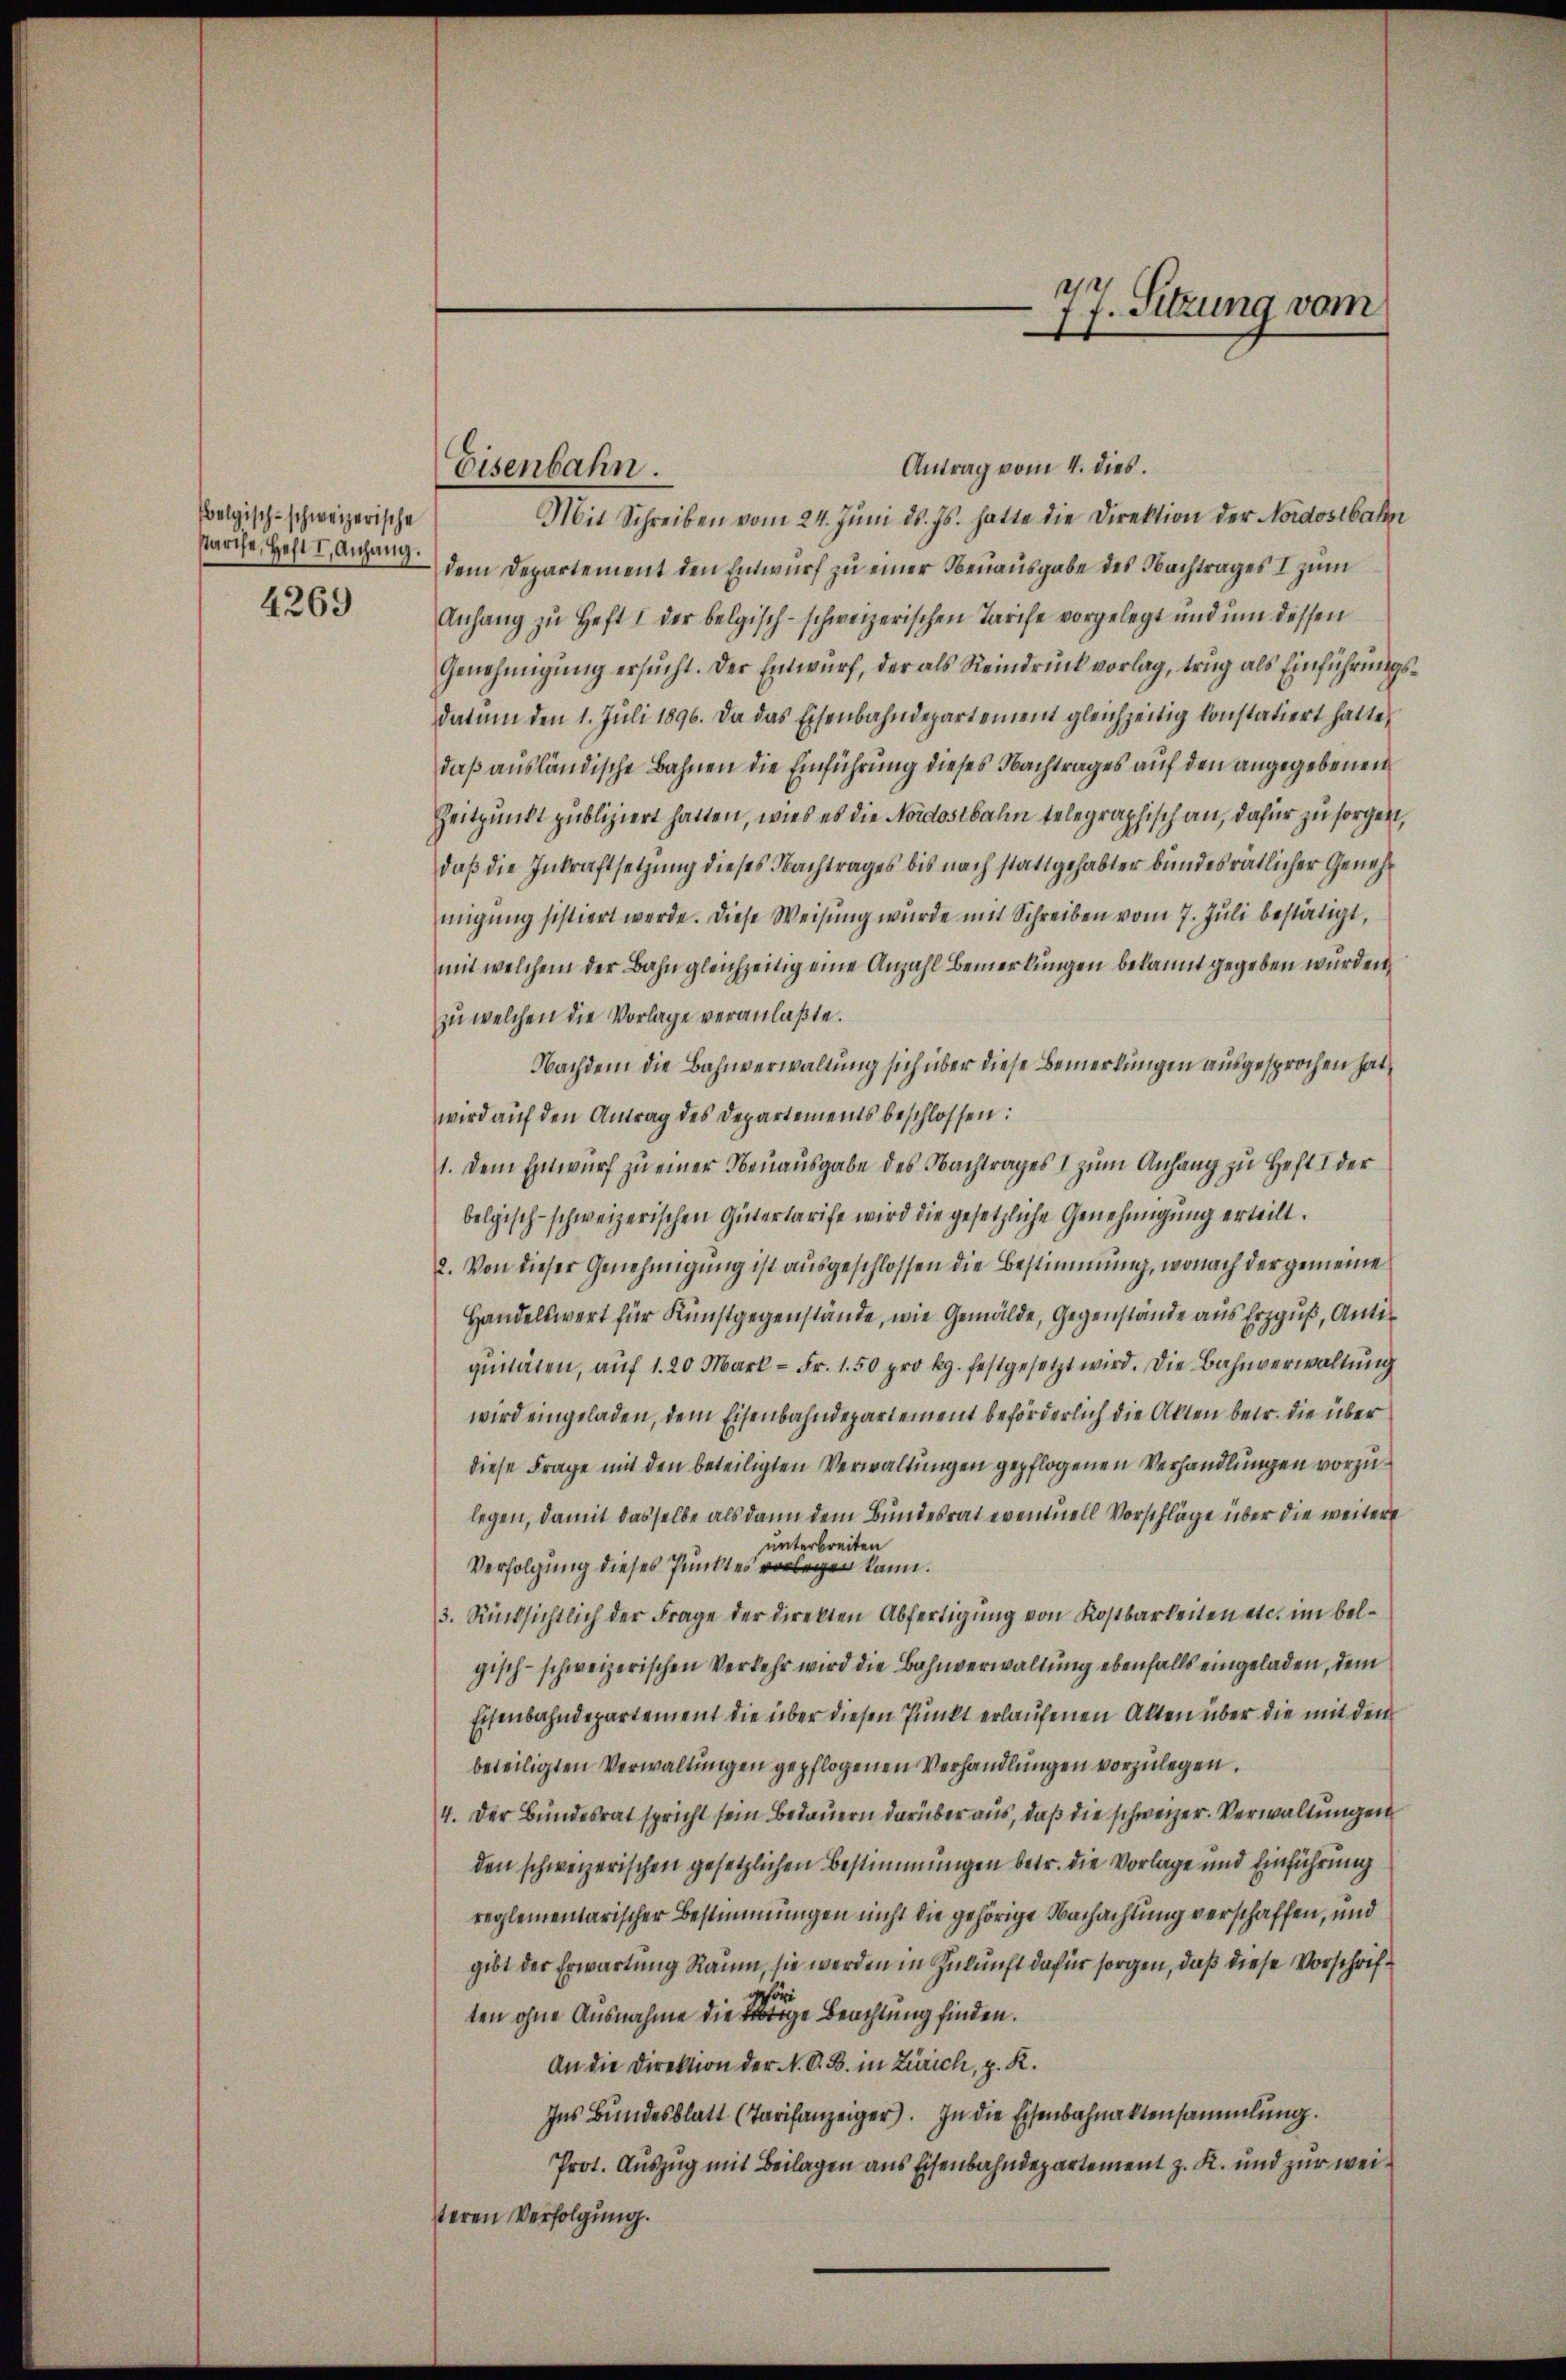
olgisch-schweizerische
starche, Heft I. Anhang.

4269

Antrag vom 4. dies.
Mit Schreiben vom 24. Juni d. Js. hatte die Direktion der Nordostbahn
dem Departement den Entwurf zu einer Neuausgabe des Nachtrages I zum
Anhang zu Heft I der belgisch-schweizerischen Tarife vorgelegt und um dessen
Genehmigŭng ersŭcht. Der Einwurf, der als Reindruck vorlag, trug als Einführungsdatum den 1. Jŭli 1896. Da das Eisenbahndepartement gleichzeitig konstatiert hatte,
daß ausländische Bahnen die Einführung dieses Nachtrages auf den angegebenen
Zeitpunkt publiziert hatten, wie es die Nordostbahn telegraphisch an, dafür zu sorgen,
daß die Inkraftsetzung dieses Nachtrages bis nach stattgehabter bundesrätlicher Genehmigung sistiert werde. Diese Weisung wurde mit Schreiben vom 7. Juli bestätigt,
mit welchem der Bahn gleichzeitig eine Anzahl bemerkungen bekannt gegeben wurden,
zu welchen die Vorlage veranlaßte.
Nachdem die Bahnverwaltung sich über diese Bemerkungen ausgesprochen hat,
wird auf den Antrag des Departements beschlossen:
1. Dem Entwurf zu einer Neuausgabe des Nachtrages I zum Anfang zu Heft I der
belgisch-schweizerischen Gütertarife wird die gesetzliche Genehmigung erteilt.
2. Von dieser Genehmigung ist ausgeschlossen die Bestimmung, wonach der gemeine
Handelswert für Kunstgegenstände, wie Gemälde, Gegenstände aus Erzguß, Antir
quitäten, auf 1. 20 Mark - Fr. 1.50 pro kg. festgesetzt wird. Die Bahnverwaltung
wird eingeladen, dem Eisenbahndepartement beförderlich die Akten betr. die über
diese Frage mit den beteiligten Verwaltungen gepflogenen Verhandlungen vorzulegen, damit dasselbe als dann dem Bundesrat eventuell Vorschläge über die weitere
unterbreiten
Verfolgung dieses Punktes vorlegen kann.
3. Rücksichtlich der Frage der direkten Abfertigŭng von Kostbarkeiten etc. im belgisch-schweizerischen Verkehr wird die Bahnverwaltung ebenfalls eingeladen, dem
Eisenbahndepartement die über diesen Punkt erlaufenen Akten über die mit dem
beteiligten Verwaltungen gepflogenen Verhandlungen vorzulegen.
4. Der Bundesrat spricht sein Bedauern darüber aus, daß die schweizer. Verwaltungen
den schweizerischen gesetzlichen Bestimmungen betr. die Vorlage und Einführung
reglementarischer Bestimmungen nicht die gehörige Nachachtung verschaffen, und
gibt der Erwartung Raum, sie werden in Zukunft dafür sorgen, daß diese Vorschrifför
ten ohne Ausnahme die tige Beachtung finden.
An die Direktion der N. O. B. in Zürich, z. R.
Ins Bŭndesblatt (Tarifanzeiger. In die Eisenbahnaktensammlung.
Prot. Auszug mit Beilagen aus Eisenbahndepartement z. K. und zur weisteren Verfolgung.

Eisenbahn.

77. Sitzung vom